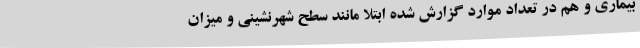
بیماری و هم در تعداد موارد گزارش شده ابتلا مانند سطح شهرنشینی و میزان